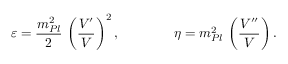
\varepsilon = { \frac { m _ { P l } ^ { 2 } } { 2 } } \, \left( { \frac { V ^ { \prime } } { V } } \right) ^ { 2 } , \qquad \qquad \eta = m _ { P l } ^ { 2 } \, \left( { \frac { V ^ { \prime \prime } } { V } } \right) .